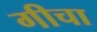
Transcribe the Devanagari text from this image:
गीचा